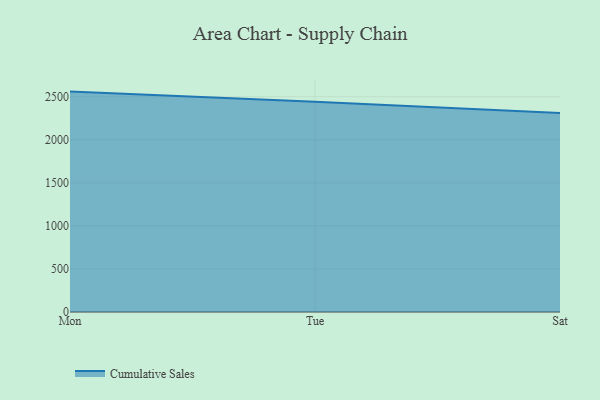
{"axis": {"x": "Day", "y": "Page Views"}, "legend": ["Cumulative Sales"], "data": [{"x": "Mon", "y": 2559.9, "type": "Cumulative Sales"}, {"x": "Tue", "y": 2442.9, "type": "Cumulative Sales"}, {"x": "Sat", "y": 2312.1, "type": "Cumulative Sales"}]}